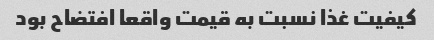
کیفیت غذا نسبت به قیمت واقعا افتضاح بود